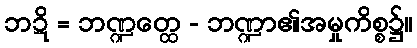
ဘဍိ = ဘဏ္ဍတ္ထေ - ဘဏ္ဍာ၏အမှုကိစ္စ၌။